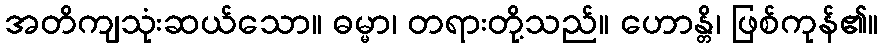
အတိကျသုံးဆယ်သော။ ဓမ္မာ၊ တရားတို့သည်။ ဟောန္တိ၊ ဖြစ်ကုန်၏။